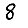
Digit: 8